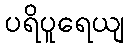
ပရိပူရေယျ